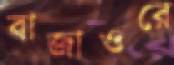
বাজাওরে